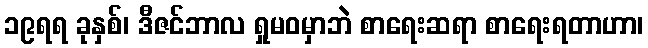
၁၉ရရ ခုနှစ်၊ ဒီဇင်ဘာလ ရှုမဝမှာဘဲ စာရေးဆရာ စာရေးရတာဟာ၊